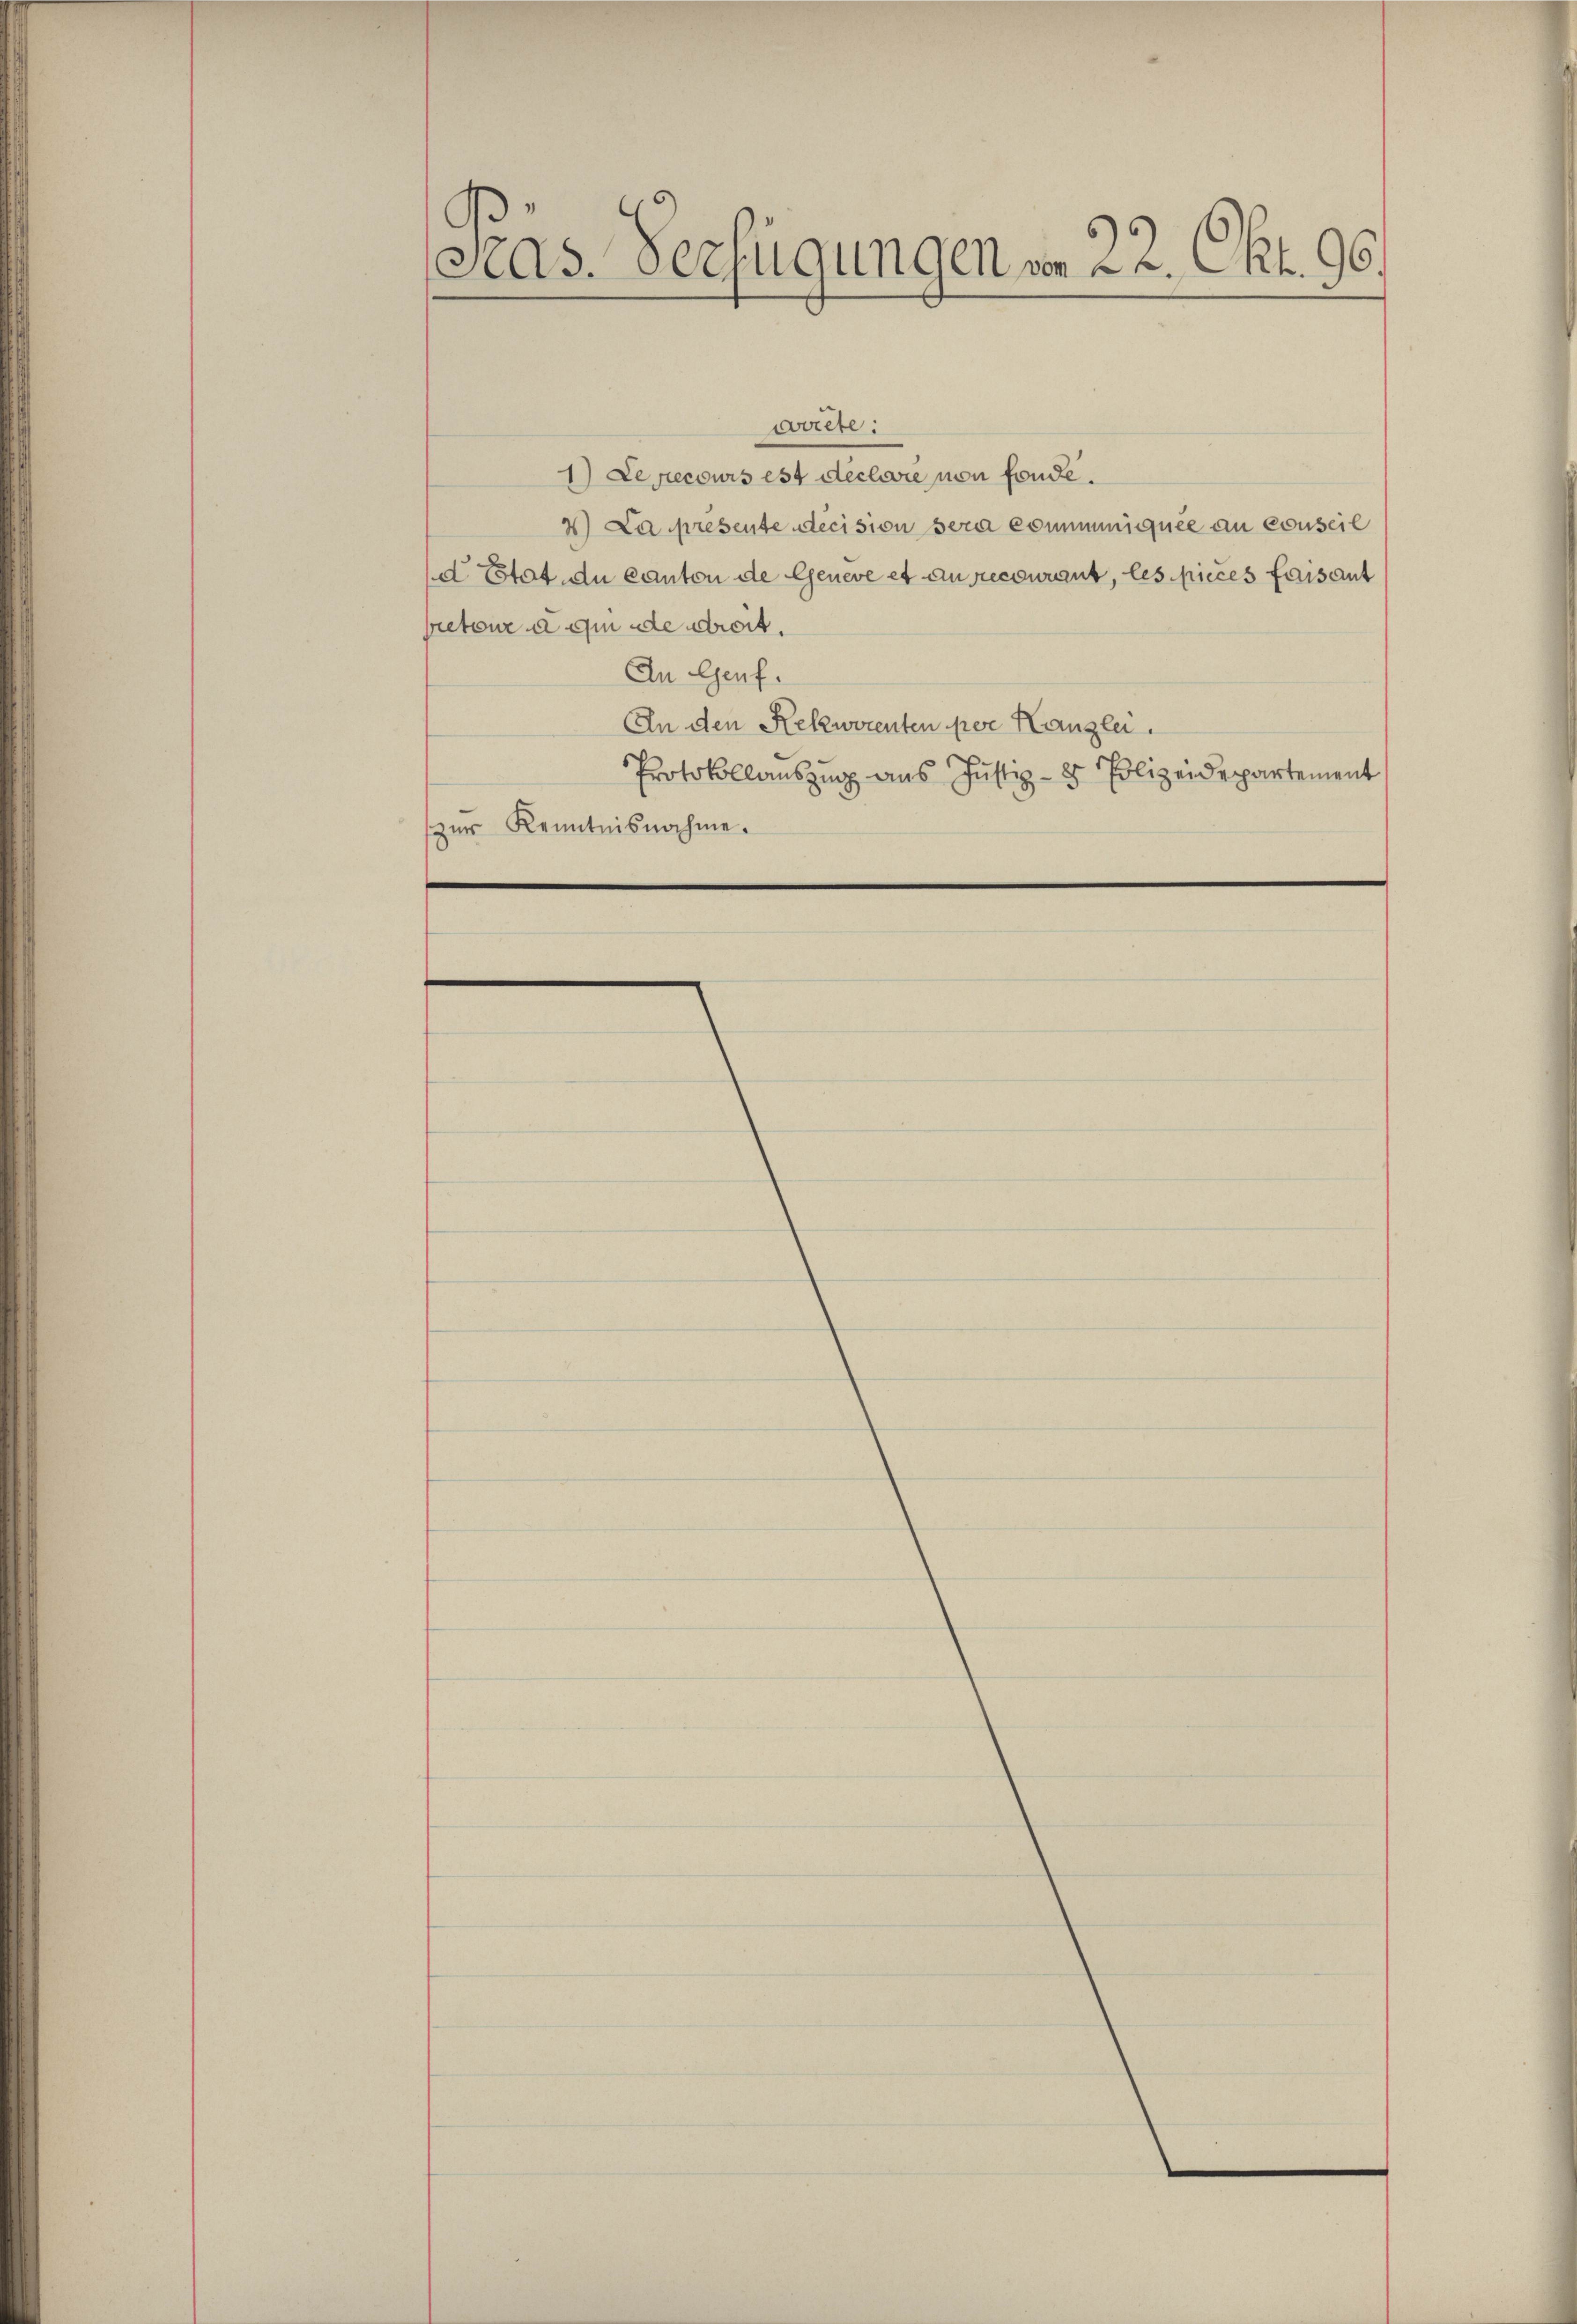
G
Peas. Verfügungen vom 22. Okt. 96.
1

garete:
1) Le pecours est déclare von fonde.
4. La presente decision sera communiquee an conseil
d Etat du Canton de Geneve et au recourant, les pieces faisant
pretour a qui ade droit.
An Genf.
An den Rekworenten per Kanzlei.
Protokollauszug aus Justiz- & Polizeidepartement
zŭr Kenntnisnahme.

.